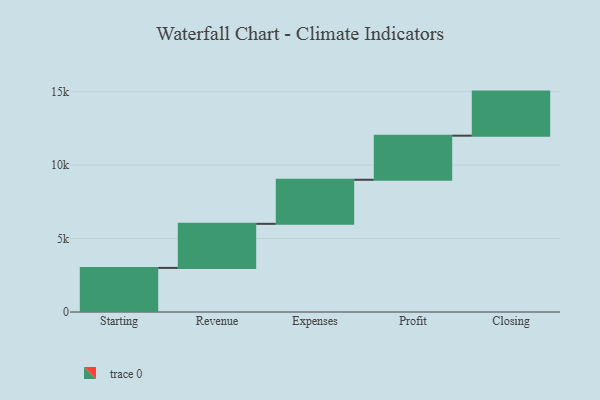
{"axis": {"x": "Step", "y": "Value"}, "legend": [""], "data": [{"x": "Starting", "y": 3000, "type": ""}, {"x": "Revenue", "y": 3000, "type": ""}, {"x": "Expenses", "y": 3000, "type": ""}, {"x": "Profit", "y": 3000, "type": ""}, {"x": "Closing", "y": 3000, "type": ""}]}